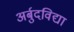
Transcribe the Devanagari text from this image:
अर्बुदविद्या